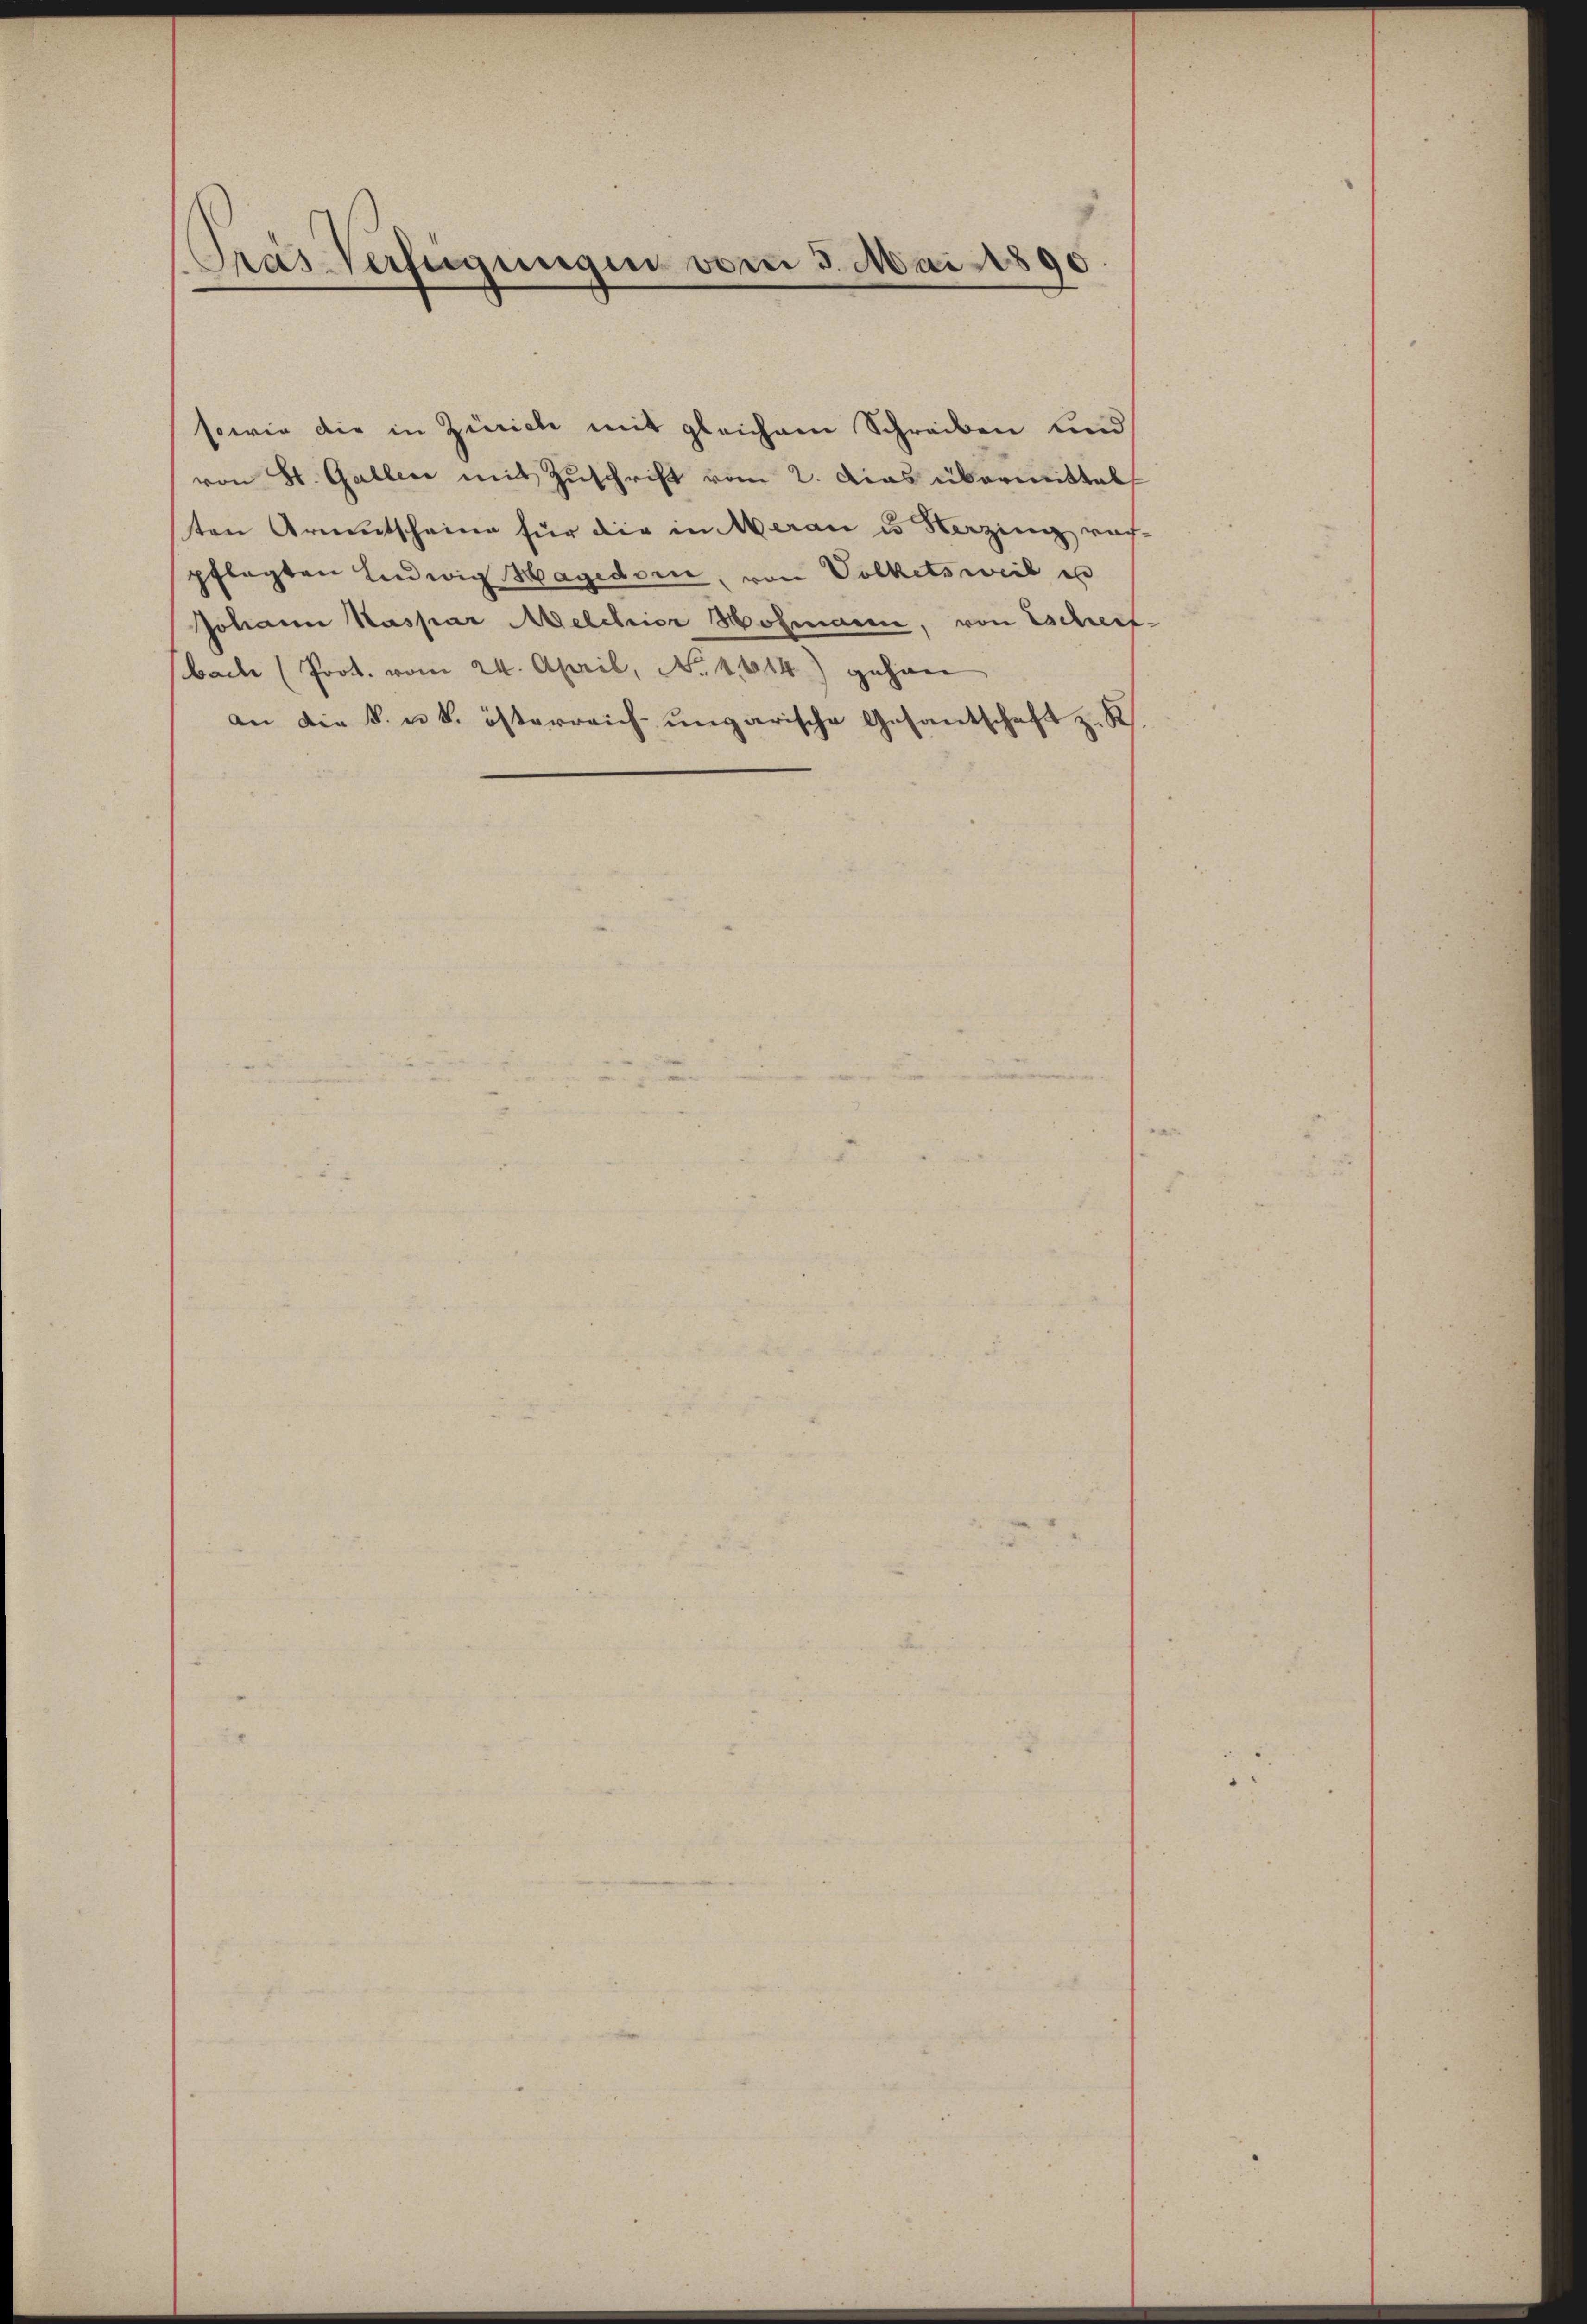
Pras-Verfügungen vom 3. Mai 1890

sowie die in Zürich mit gleichem Schreiben und
von St. Gallen mit Zuschrift vom 2. Das übermittel
ten Armutscheine für die in Meran u Herzing rech-
pflegten Ludwig Hagedor, von Volketsweil en
Johann Kaspar Melchior Hofmanne, von Eschert
bach (Prot. vom 24. April, No. 1614) gehan
an die k. u. k. österreich-ungarische Gesandschaft z. K.

e